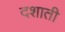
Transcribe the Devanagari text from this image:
दशाती